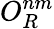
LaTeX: O_{R}^{nm}